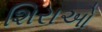
શિરાઓ